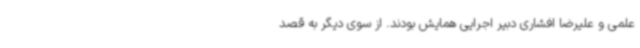
علمی و علیرضا افشاری دبیر اجرایی همایش بودند. از سوی دیگر به قصد